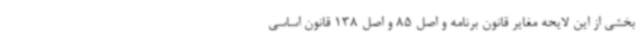
بخشی از این لایحه مغایر قانون برنامه و اصل 85 و اصل 138 قانون اساسی